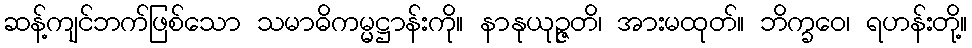
ဆန့်ကျင်ဘက်ဖြစ်သော သမာဓိကမ္မဋ္ဌာန်းကို။ နာနုယုဉ္ဇတိ၊ အားမထုတ်။ ဘိက္ခဝေ၊ ရဟန်းတို့။